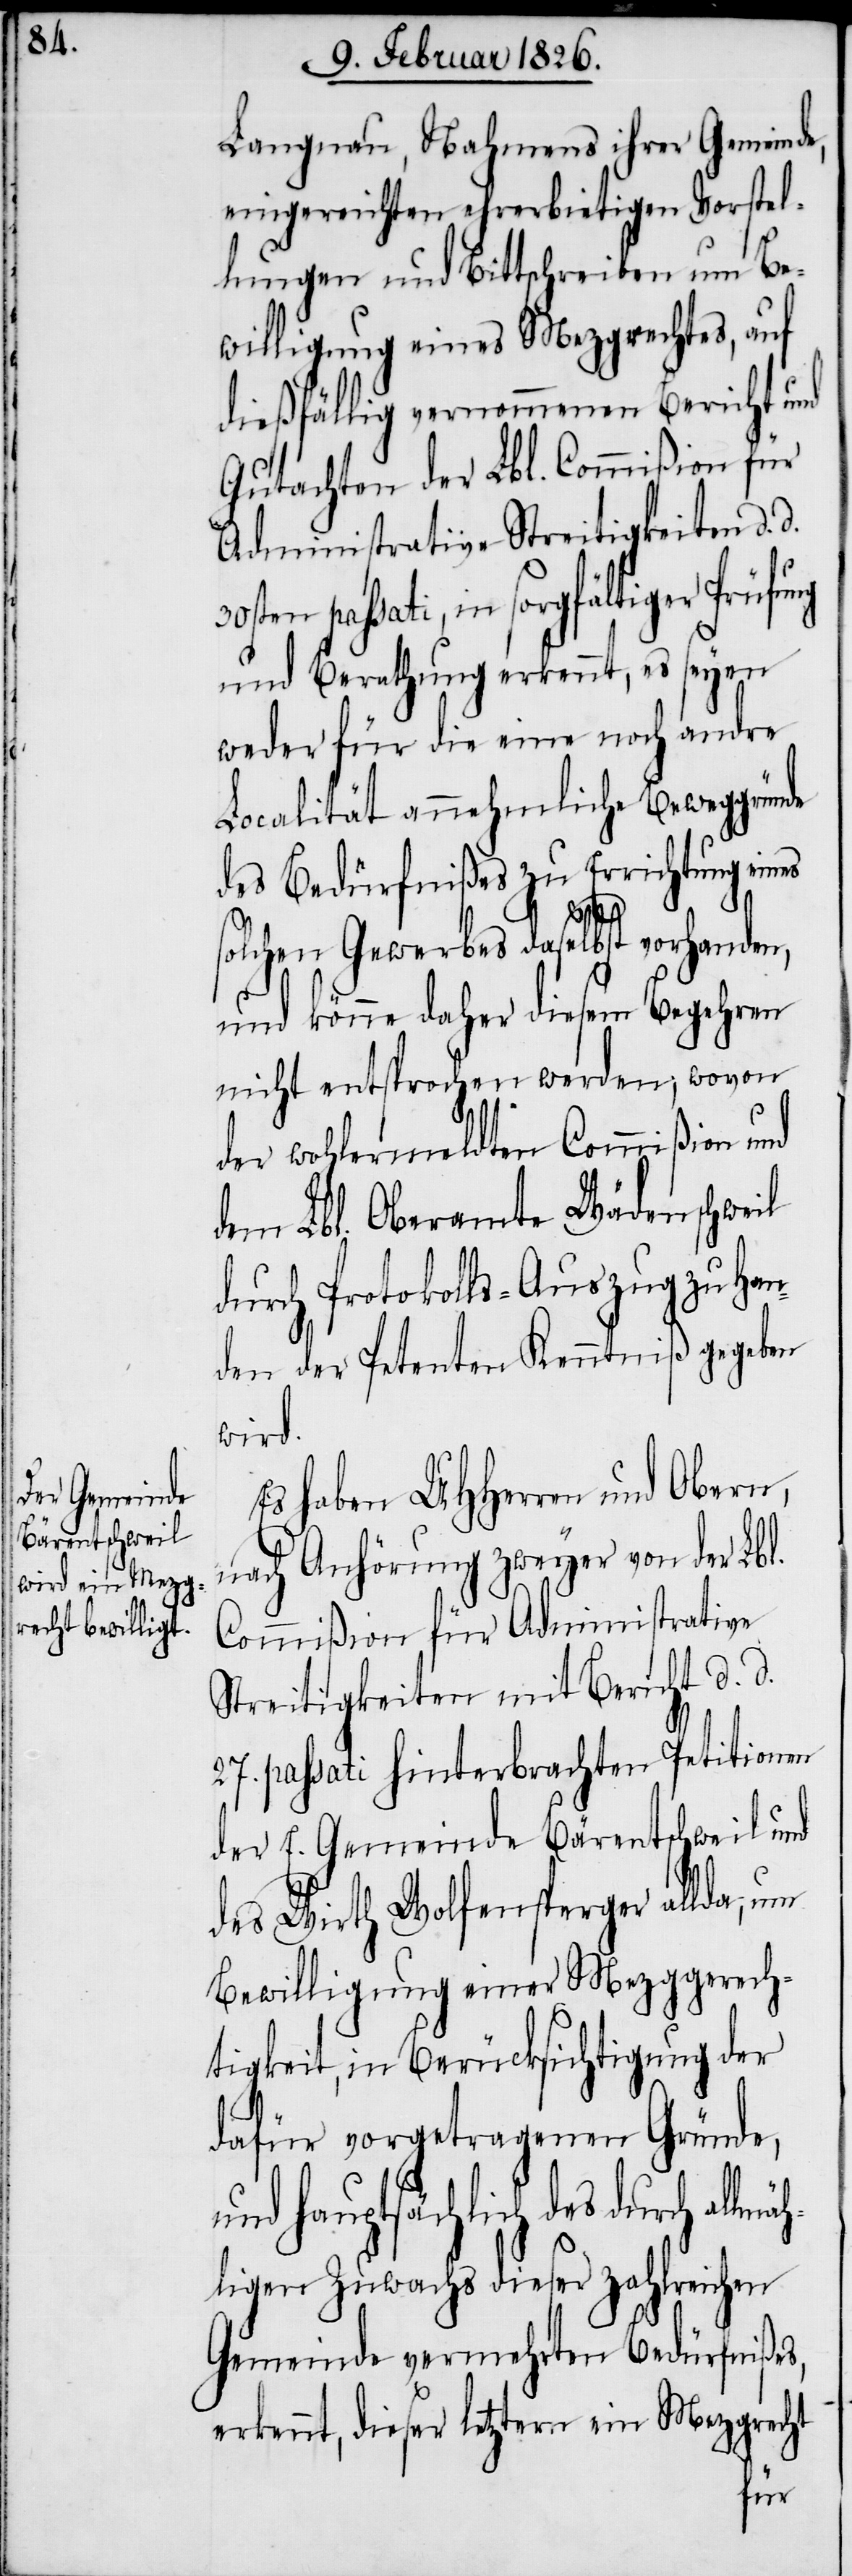
Langnau, Nahmens ihrer Gemeinde,
eingereichten ehrerbietigen Vorstel¬
lungen und Bittschreiben um Be¬
willigung eines Mezgrechtes, auf
dießfälligen vernommenen Bericht und
Gutachten der Lbl. Commißion für
Administrative Streitigkeiten d.
passati, in sorgfältiger Prüfu¬
und Berathung erkennt, es seyen
weder für die eine noch andre
Localität annehmliche Beweggründe
des Bedürfnißes zu Errichtung eines
solchen Gewerbes daselbst vorhanden,
und könne daher diesem Begehren
nicht entsprochen werden; wovon
der wohlermeldten Commißion und
dem Lbl. Oberamte Wädenschweil
durch Protokolls-Auszug zu Han¬
den der Petenten Kenntniß gegeben
wird.
Es haben UHHerren und Obern,
nach Anhörung zweyer von der Lbl.
Commißion für Administrative
Streitigkeiten mit Bericht d. d.
27. passati hinterbrachten Petitionen
der E. Gemeinde Bärentschweil und
des Wirth Wolfensperger allda, um
Bewilligung einer Mezggerech¬
tigkeit, in Berücksichtigung der
dafür vorgetragenen Gründe,
und hauptsächlich des durch all¬
ligen Zuwachs dieser zahlreichen
Gemeinde vermehrten Bedürfnißes,
erkennt, dieser letztern ein Mezgrecht
mäh¬